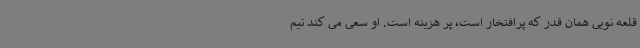
قلعه نویی همان قدر که پرافتخار است، پر هزینه است. او سعی می کند تیم